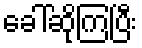
ခေါ်ဆိုကြပြီး